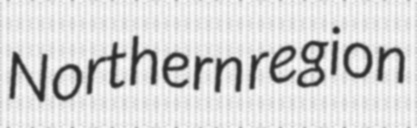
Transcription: Northern region